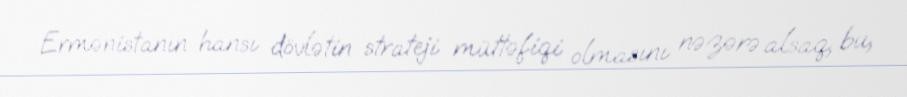
Ermənistanın hansı dövlətin strateji müttəfiqi olmasını nəzərə alsaq, bu,